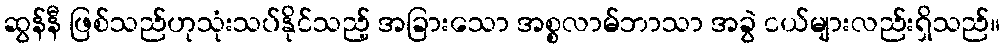
ဆွန်နီ ဖြစ်သည်ဟုသုံးသပ်နိုင်သည့် အခြားသော အစ္စလာမ်ဘာသာ အခွဲ ငယ်များလည်းရှိသည်။